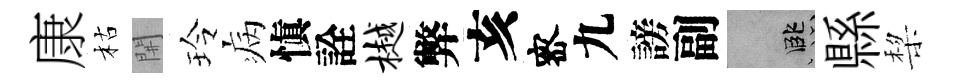
康枯𨳩玲病愼詮樾弊亥宻九謗副孟縣棃